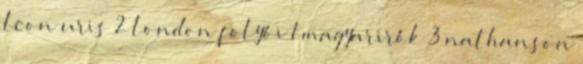
leon uris 2 london folyói 1 magyarirók 3 nathanson